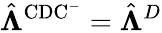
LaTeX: \hat{\boldsymbol{\Lambda}}^{\mathrm{CDC^{-}}}=\hat{\boldsymbol{\Lambda}}^{D}